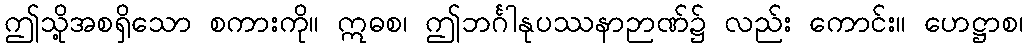
ဤသို့အစရှိသော စကားကို။ ဣဓစ၊ ဤဘင်္ဂါနုပဿနာဉာဏ်၌ လည်း ကောင်း။ ဟေဋ္ဌာစ၊